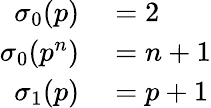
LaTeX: \begin{array}{rl}{\sigma_{0}(p)}&{{}=2}\\ {\sigma_{0}(p^{n})}&{{}=n+1}\\ {\sigma_{1}(p)}&{{}=p+1}\end{array}